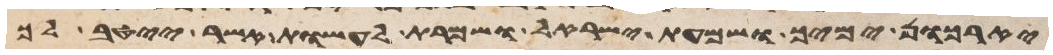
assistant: יאריכון ימיך ושמעת ישראל ושמרת לעשות אשר ייטב לך